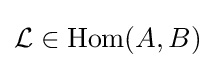
{\mathcal {L}}\in \operatorname {Hom} (A,B)